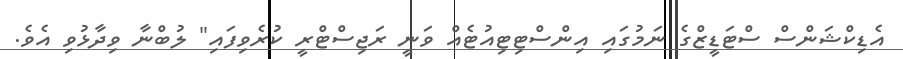
އެޑިކްޝަންސް ސްޓަޑީޒްގެ ނަމުގައި އިންސްޓިޓިއުޓެއް ވަނީ ރަޖިސްޓްރީ ކުރެވިފައި" ލުބްނާ ވިދާޅުވި އެވެ.